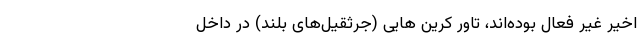
اخیر غیر فعال بوده‌اند، تاور کرین هایی (جرثقیل‌های بلند) در داخل